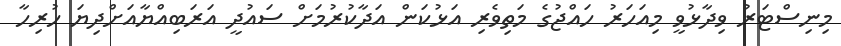
މިނިސްޓަރު ވިދާޅުވީ މިއަހަރު ހައްޖުގެ މަތިވެރި އަޅުކަން އަދާކުރުމަށް ސައުދީ އަރަބިއްޔާއަށްދިޔަ ހުރިހާ